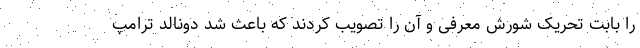
را بابت تحریک شورش معرفی و آن را تصویب کردند که باعث شد دونالد ترامپ